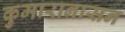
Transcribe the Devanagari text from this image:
कुमारानासन